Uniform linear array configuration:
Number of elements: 12
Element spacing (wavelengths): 0.5
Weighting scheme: binomial
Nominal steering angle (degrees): -60
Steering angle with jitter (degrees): -60.301
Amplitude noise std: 0.05
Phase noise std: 0.05

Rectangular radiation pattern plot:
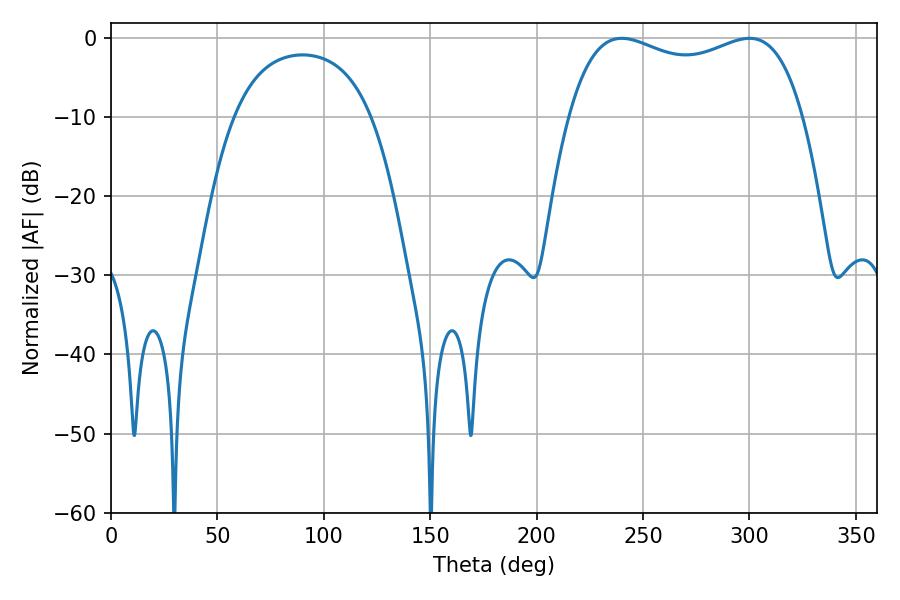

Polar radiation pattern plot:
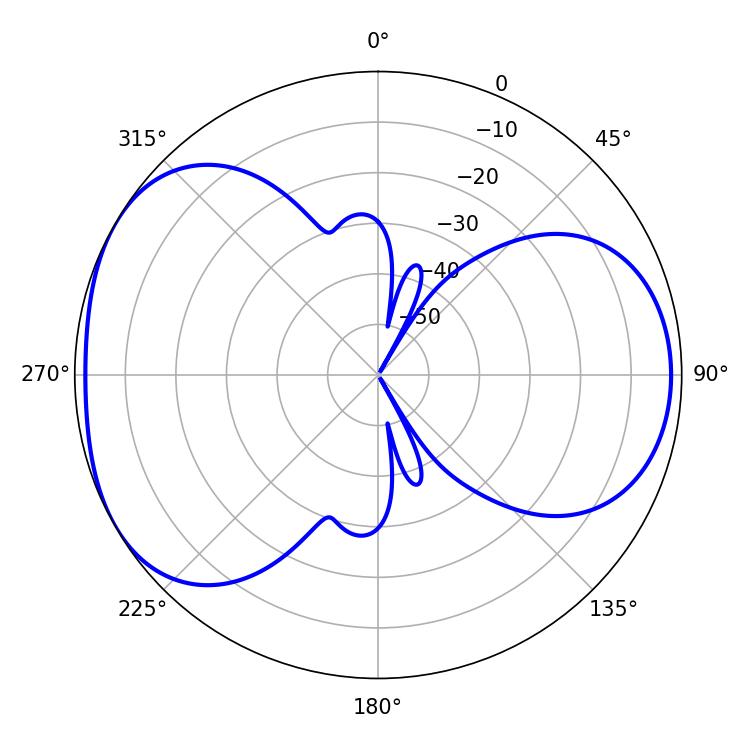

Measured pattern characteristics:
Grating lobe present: FALSE
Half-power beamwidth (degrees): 90.36
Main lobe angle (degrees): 239.94